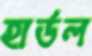
হার্ডল